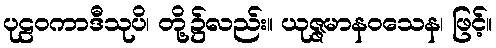
ပုဠဝကာဒီသုပိ၊ တို့၌လည်း။ ယုဇ္ဇမာနဝသေန၊ ဖြင့်။